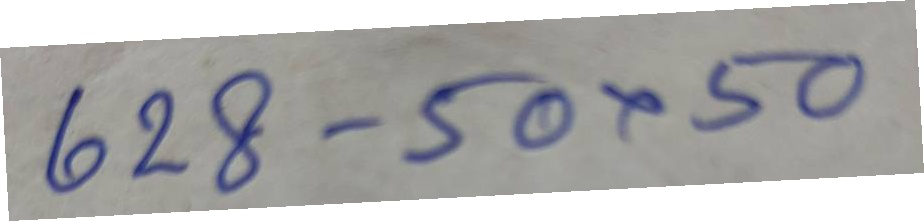
628 - 50 x 50